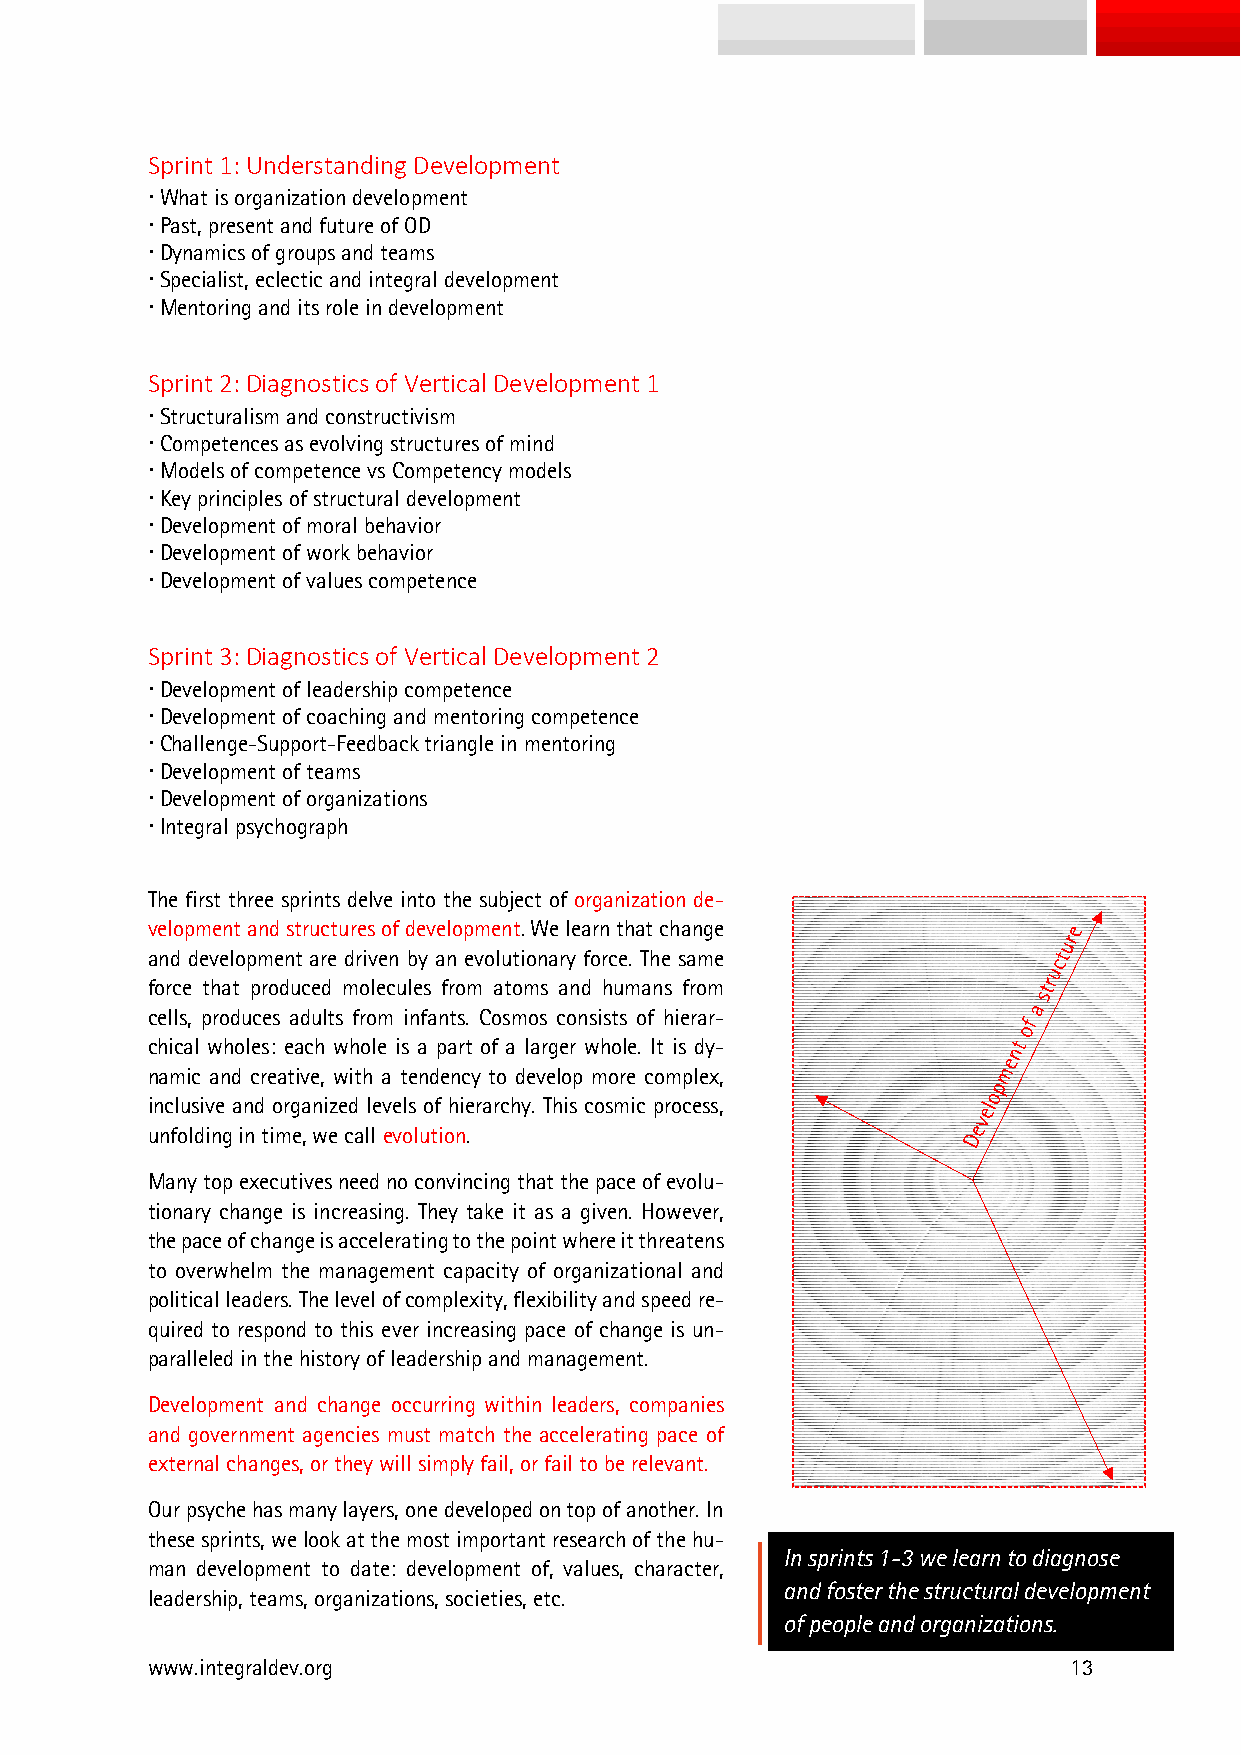
Sprint 1: Understanding Development
  What is organization development
  Past, present and future of OD
  Dynamics of groups and teams
  Specialist, eclectic and integral development
  Mentoring and its role in development
 Sprint 2: Diagnostics of Vertical Development 1
  Structuralism and constructivism
  Competences as evolving structures of mind
  Models of competence vs Competency models
  Key principles of structural development
  Development of moral behavior
  Development of work behavior
  Development of values competence
 Sprint 3: Diagnostics of Vertical Development 2
  Development of leadership competence
  Development of coaching and mentoring competence
  Challenge-Support-Feedback triangle in mentoring
  Development of teams
  Development of organizations
  Integral psychograph
 The first three sprints delve into the subject of organization de-
 velopment and structures of development. We learn that change
 and development are driven by an evolutionary force. The same
 force that produced molecules from atoms and humans from
 cells, produces adults from infants. Cosmos consists of hierar-
 chical wholes: each whole is a part of a larger whole. It is dy-
 namic and creative, with a tendency to develop more complex,
 inclusive and organized levels of hierarchy. This cosmic process,
 unfolding in time, we call evolution.
 Many top executives need no convincing that the pace of evolu-
 tionary change is increasing. They take it as a given. However,
 the pace of change is accelerating to the point where it threatens
 to overwhelm the management capacity of organizational and
 political leaders. The level of complexity, flexibility and speed re-
 quired to respond to this ever increasing pace of change is un-
 paralleled in the history of leadership and management.
 Development and change occurring within leaders, companies
 and government agencies must match the accelerating pace of
 external changes, or they will simply fail, or fail to be relevant.
 Our psyche has many layers, one developed on top of another. In
 these sprints, we look at the most important research of the hu-
 In sprints 1-3 we learn to diagnose
 man development to date: development of, values, character,
 and foster the structural development
 leadership, teams, organizations, societies, etc.
 of people and organizations.
 www.integraldev.org                                          13